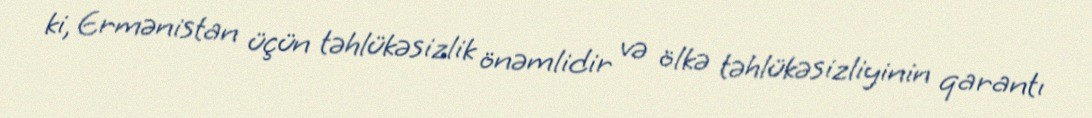
ki, Ermənistan üçün təhlükəsizlik önəmlidir və ölkə təhlükəsizliyinin qarantı